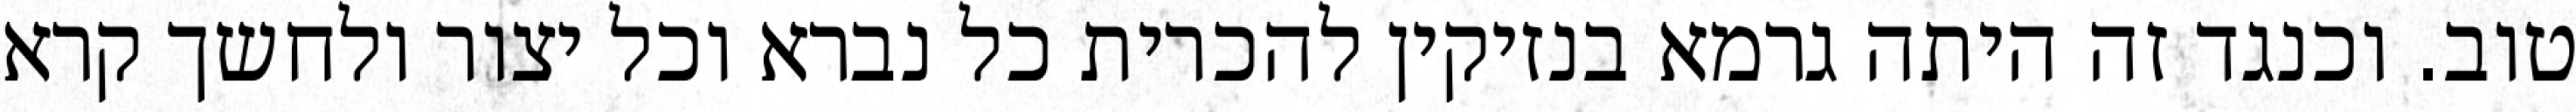
טוב. וכנגד זה היתה גרמא בנזיקין להכרית כל נברא וכל יצור ולחשך קרא